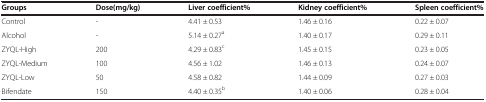
<table><thead><tr><td><b>Groups</b></td><td><b>Dose(mg/kg)</b></td><td><b>Liver coefficient%</b></td><td><b>Kidney coefficient%</b></td><td><b>Spleen coefficient%</b></td></tr></thead><tbody><tr><td>Control</td><td>-</td><td>4.41 ± 0.53</td><td>1.46 ± 0.16</td><td>0.22 ± 0.07</td></tr><tr><td>Alcohol</td><td>-</td><td>5.14 ± 0.27<sup>a</sup></td><td>1.40 ± 0.17</td><td>0.29 ± 0.11</td></tr><tr><td>ZYQL-High</td><td>200</td><td>4.29 ± 0.83<sup>c</sup></td><td>1.45 ± 0.15</td><td>0.23 ± 0.05</td></tr><tr><td>ZYQL-Medium</td><td>100</td><td>4.56 ± 1.02</td><td>1.46 ± 0.13</td><td>0.24 ± 0.07</td></tr><tr><td>ZYQL-Low</td><td>50</td><td>4.58 ± 0.82</td><td>1.44 ± 0.09</td><td>0.27 ± 0.03</td></tr><tr><td>Bifendate</td><td>150</td><td>4.40 ± 0.35<sup>b</sup></td><td>1.40 ± 0.06</td><td>0.28 ± 0.04</td></tr></tbody></table>